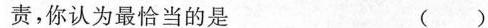
责，你认为最恰当的是 ( )